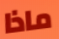
ماذا